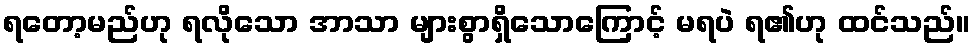
ရတော့မည်ဟု ရလိုသော အာသာ များစွာရှိသောကြောင့် မရပဲ ရ၏ဟု ထင်သည်။